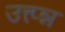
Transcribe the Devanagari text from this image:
उत्त्प्न्न